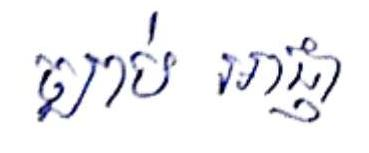
ច្បាប់ អាជ្ញា